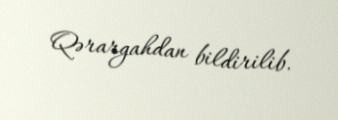
Qərargahdan bildirilib.